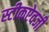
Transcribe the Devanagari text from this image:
स्टीकऐवजी